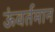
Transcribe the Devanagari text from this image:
ऊंवर्तमान